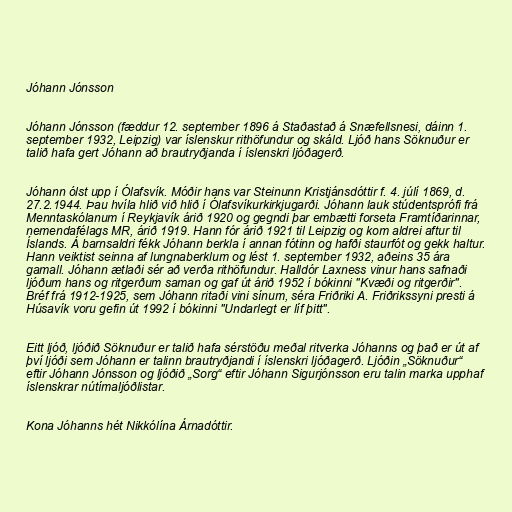
Jóhann Jónsson

Jóhann Jónsson (fæddur 12. september 1896 á Staðastað á Snæfellsnesi, dáinn 1.
september 1932, Leipzig) var íslenskur rithöfundur og skáld. Ljóð hans Söknuður er
talið hafa gert Jóhann að brautryðjanda í íslenskri ljóðagerð.

Jóhann ólst upp í Ólafsvík. Móðir hans var Steinunn Kristjánsdóttir f. 4. júlí 1869, d.
27.2.1944. Þau hvíla hlið við hlið í Ólafsvíkurkirkjugarði. Jóhann lauk stúdentsprófi frá
Menntaskólanum í Reykjavík árið 1920 og gegndi þar embætti forseta Framtíðarinnar,
nemendafélags MR, árið 1919. Hann fór árið 1921 til Leipzig og kom aldrei aftur til
Íslands. Á barnsaldri fékk Jóhann berkla í annan fótinn og hafði staurfót og gekk haltur.
Hann veiktist seinna af lungnaberklum og lést 1. september 1932, aðeins 35 ára
gamall. Jóhann ætlaði sér að verða rithöfundur. Halldór Laxness vinur hans safnaði
ljóðum hans og ritgerðum saman og gaf út árið 1952 í bókinni "Kvæði og ritgerðir".
Bréf frá 1912-1925, sem Jóhann ritaði vini sínum, séra Friðriki A. Friðrikssyni presti á
Húsavík voru gefin út 1992 í bókinni "Undarlegt er líf þitt".

Eitt ljóð, ljóðið Söknuður er talið hafa sérstöðu meðal ritverka Jóhanns og það er út af
því ljóði sem Jóhann er talinn brautryðjandi í íslenskri ljóðagerð. Ljóðin „Söknuður“
eftir Jóhann Jónsson og ljóðið „Sorg“ eftir Jóhann Sigurjónsson eru talin marka upphaf
íslenskrar nútímaljóðlistar.

Kona Jóhanns hét Nikkólína Árnadóttir.